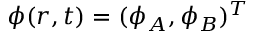
{ \phi } ( r , t ) = ( \phi _ { A } , \phi _ { B } ) ^ { T }